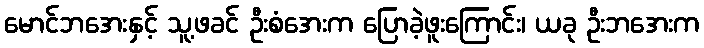
မောင်ဘအေးနှင့် သူ့ဖခင် ဦးစံအေးက ပြောခဲ့ဖူးကြောင်း၊ ယခု ဦးဘအေးက